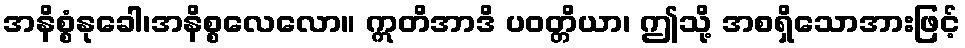
အနိစ္စံနုခေါ၊အနိစ္စလေလော။ ဣတိအာဒိ ပဝတ္တိယာ၊ ဤသို့ အစရှိသောအားဖြင့်